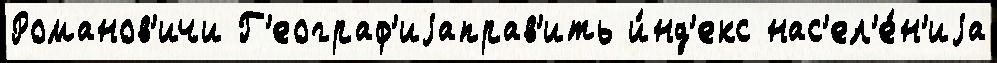
Романов'ичи Г'еограф'иjаправ'ить и́нд'екс нас'ел'е́н'иjа